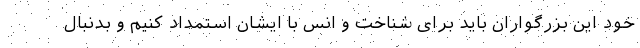
خود این بزرگواران باید برای شناخت و انس با ایشان استمداد کنیم و بدنبال